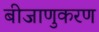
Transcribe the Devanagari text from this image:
बीजाणुकरण